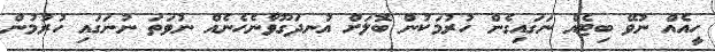
ހީއެއް ނުވޭ ބިޓެއް ނަގައިގެން ހުރުމަކުން ބޮލަށް އުނދަގޫވާނެހެނެއް ނުވަތަ ނުނަގައި ހުރުމުން